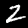
Label: 2